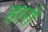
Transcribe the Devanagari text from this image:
हारो